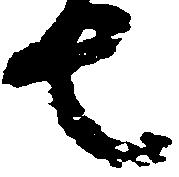
七